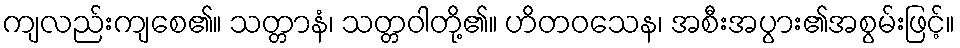
ကျလည်းကျစေ၏။ သတ္တာနံ၊ သတ္တဝါတို့၏။ ဟိတဝသေန၊ အစီးအပွား၏အစွမ်းဖြင့်။